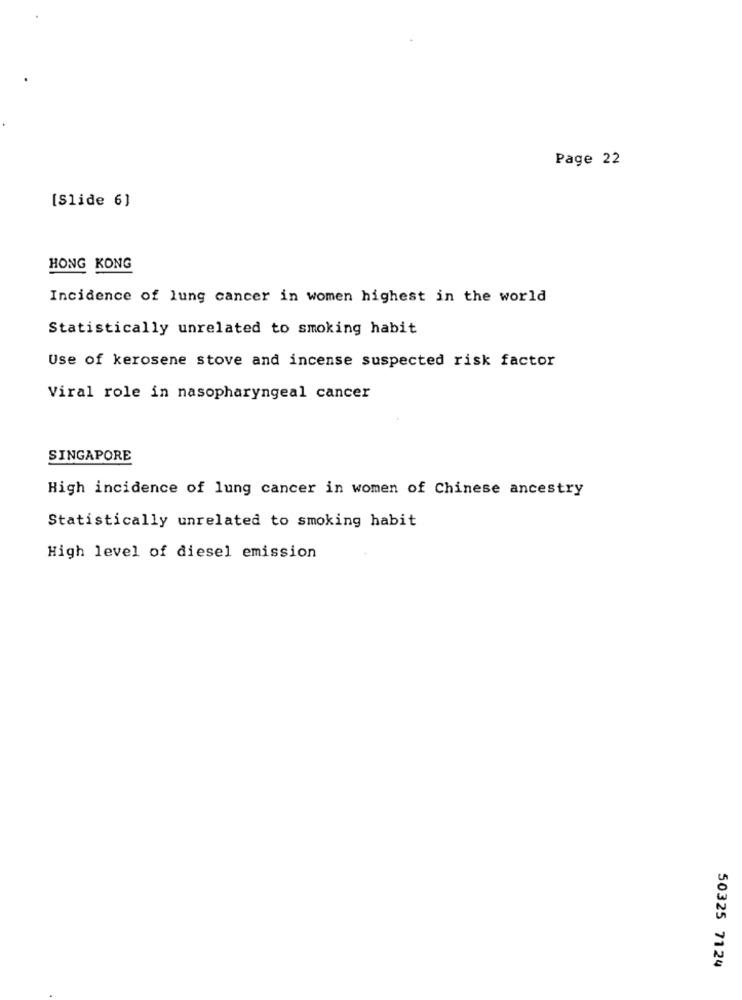
Page 22
[Slide 6]
HONG KONG
Incidence of lung cancer in women highest in the world
Statistically unrelated to smoking habit
Use of kerosene stove and incense suspected risk factor
Viral role in nasopharyngeal cancer
SINGAPORE
High incidence of lung cancer in women of Chinese ancestry
Statistically unrelated to smoking habit
High level of diesel emission
50325 7124